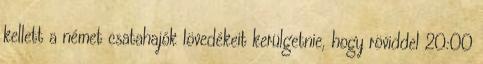
kellett a német csatahajók lövedékeit kerülgetnie, hogy röviddel 20:00